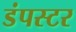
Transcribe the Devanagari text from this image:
डंपस्टर